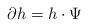
LaTeX: \begin{align*}\partial h= h\cdot \Psi\end{align*}